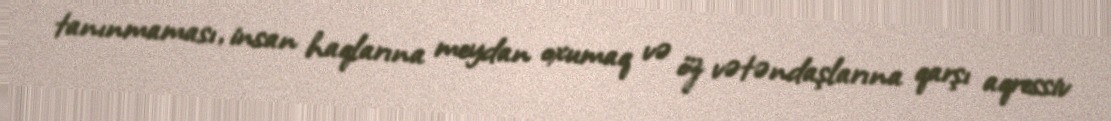
tanınmaması, insan haqlarına meydan oxumaq və öz vətəndaşlarına qarşı aqressiv